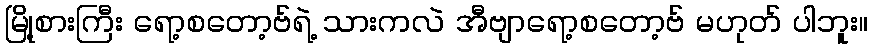
မြို့စားကြီး ရော့စတော့ဗ်ရဲ့ သားကလဲ အီဗျာရော့စတော့ဗ် မဟုတ် ပါဘူး။